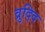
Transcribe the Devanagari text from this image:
व्रुद्दि